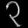
Digit: ၃